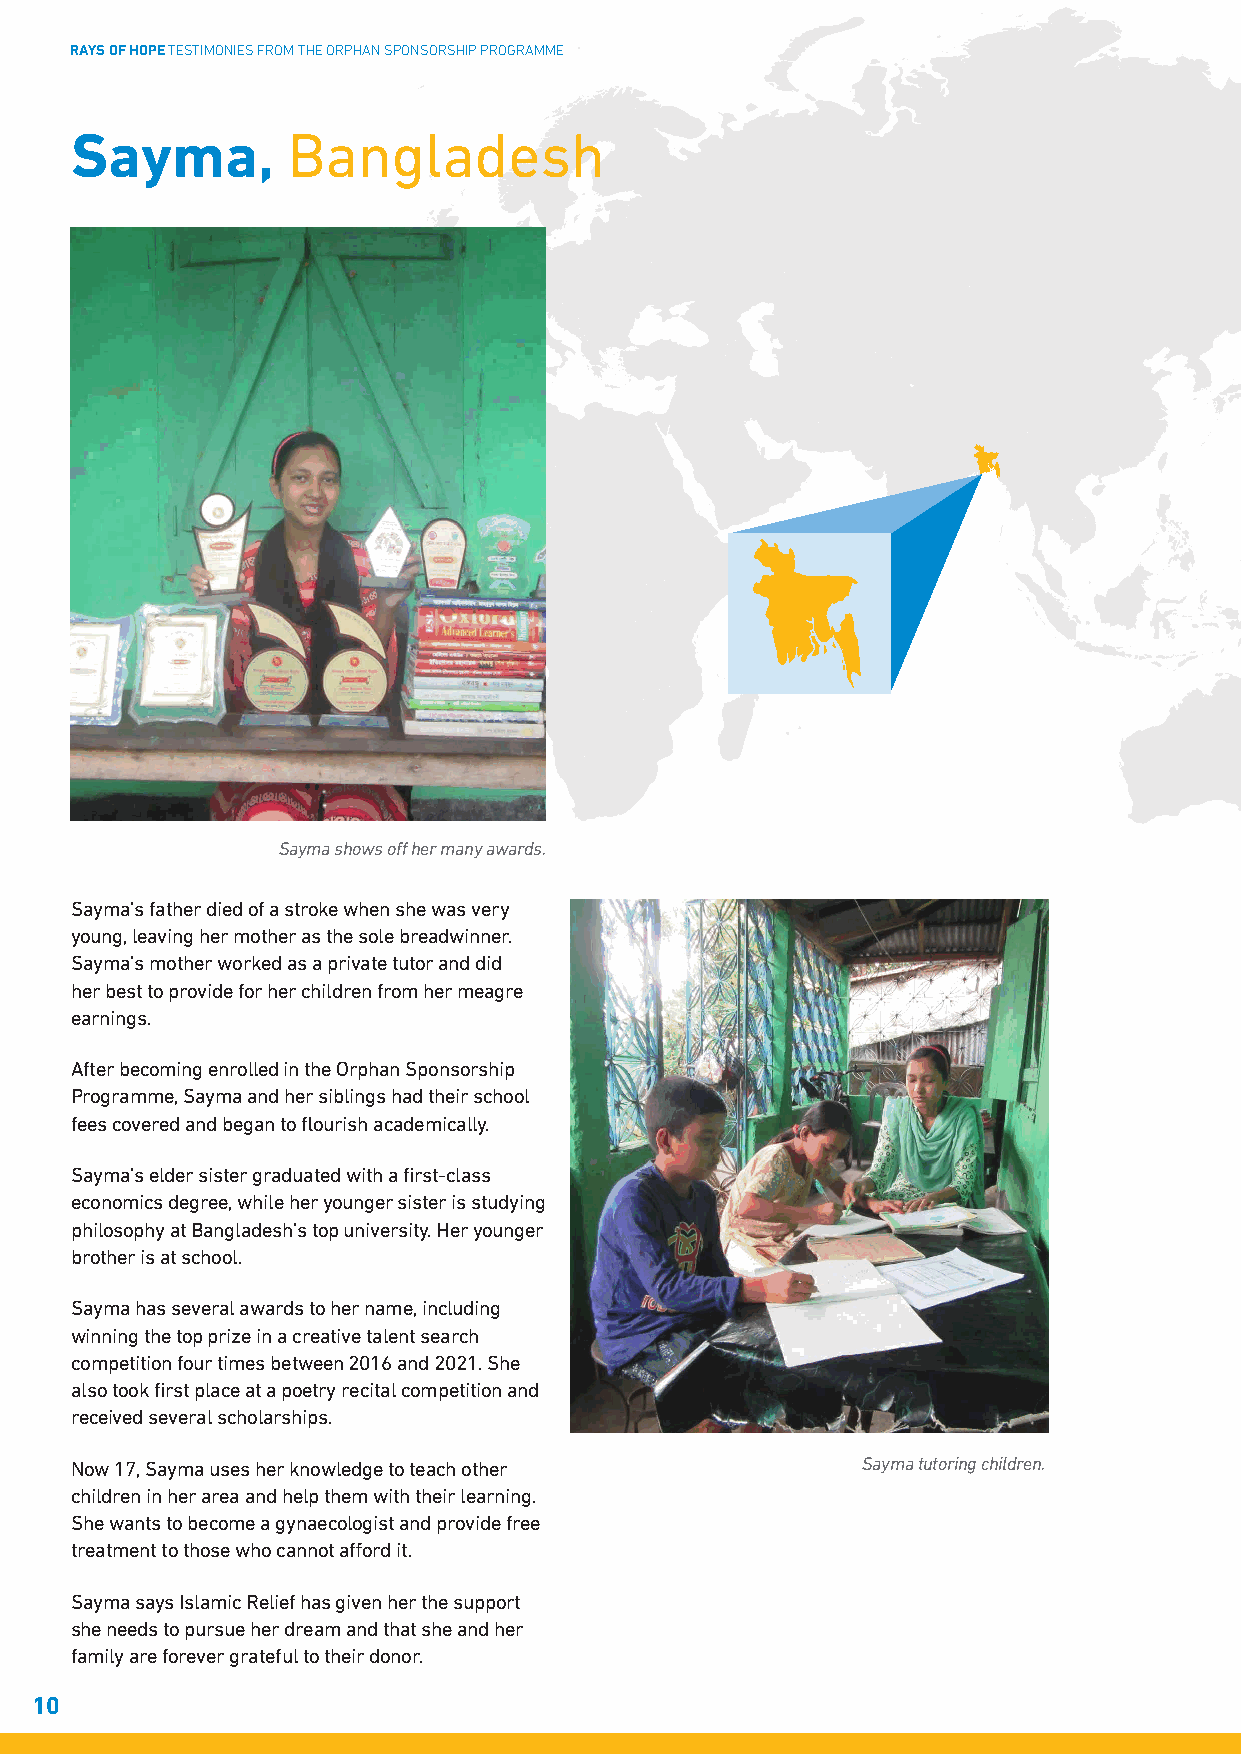
RAYS OF HOPE TESTIMONIES FROM THE ORPHAN SPONSORSHIP PROGRAMME
 Sayma,        Bangladesh
 Sayma shows off her many awards.
 Sayma’s father died of a stroke when she was very
 young, leaving her mother as the sole breadwinner.
 Sayma’s mother worked as a private tutor and did
 her best to provide for her children from her meagre
 earnings.
 After becoming enrolled in the Orphan Sponsorship
 Programme, Sayma and her siblings had their school
 fees covered and began to flourish academically.
 Sayma’s elder sister graduated with a first-class
 economics degree, while her younger sister is studying
 philosophy at Bangladesh’s top university. Her younger
 brother is at school.
 Sayma has several awards to her name, including
 winning the top prize in a creative talent search
 competition four times between 2016 and 2021. She
 also took first place at a poetry recital competition and
 received several scholarships.
 Now 17, Sayma uses her knowledge to teach other     Sayma tutoring children.
 children in her area and help them with their learning.
 She wants to become a gynaecologist and provide free
 treatment to those who cannot afford it.
 Sayma says Islamic Relief has given her the support
 she needs to pursue her dream and that she and her
 family are forever grateful to their donor.
 10